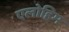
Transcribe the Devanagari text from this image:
एलोहिम